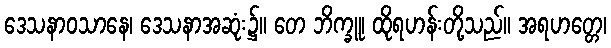
ဒေသနာဝသာနေ၊ ဒေသနာအဆုံး၌။ တေ ဘိက္ခူ၊ ထိုရဟန်းတို့သည်။ အရဟတ္တေ၊